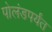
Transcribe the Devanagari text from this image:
पोलंडपर्यंत